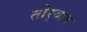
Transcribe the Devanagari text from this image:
तोर्‍यात